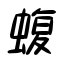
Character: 蝮